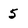
Character: 5